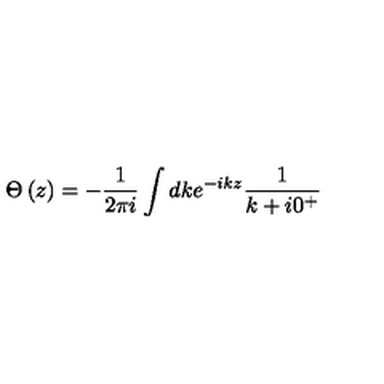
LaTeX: \Theta \left( z \right) = - \frac { 1 } { 2 \pi i } \int d k e ^ { - i k z } \frac { 1 } { k + i 0 ^ { + } }